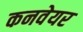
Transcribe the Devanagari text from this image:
कनवेयर